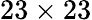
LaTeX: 23\times 23